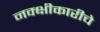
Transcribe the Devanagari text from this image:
नक्क्षीकारीचे